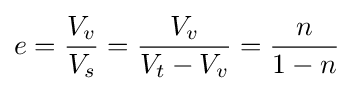
e={\frac {V_{v}}{V_{s}}}={\frac {V_{v}}{V_{t}-V_{v}}}={\frac {n}{1-n}}